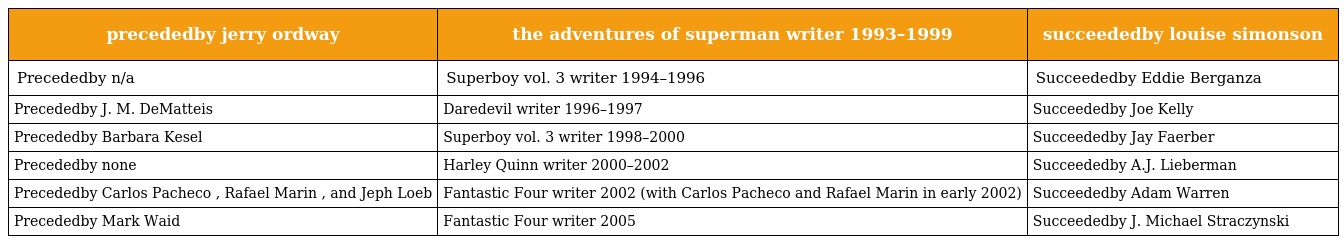
| precededby jerry ordway | the adventures of superman writer 1993–1999 | succeededby louise simonson |
 | --- | --- | --- |
 | Precededby n/a | Superboy vol. 3 writer 1994–1996 | Succeededby Eddie Berganza |
 | Precededby J. M. DeMatteis | Daredevil writer 1996–1997 | Succeededby Joe Kelly |
 | Precededby Barbara Kesel | Superboy vol. 3 writer 1998–2000 | Succeededby Jay Faerber |
 | Precededby none | Harley Quinn writer 2000–2002 | Succeededby A.J. Lieberman |
 | Precededby Carlos Pacheco , Rafael Marin , and Jeph Loeb | Fantastic Four writer 2002 (with Carlos Pacheco and Rafael Marin in early 2002) | Succeededby Adam Warren |
 | Precededby Mark Waid | Fantastic Four writer 2005 | Succeededby J. Michael Straczynski |